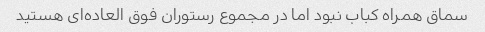
سماق همراه کباب نبود اما در مجموع رستوران فوق العاده‌ای هستید